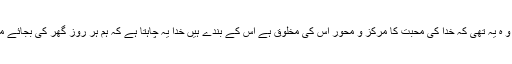
حج کے فلسفہ میں کی تیسری اور سب سے اہم بات جو مجھے سمجھ آئی و ہ یہ تھی کہ خدا کی محبت کا مرکز و محور اس کی مخلوق ہے اس کے بندے ہیں خدا یہ چاہتا ہے کہ ہم ہر روز گھر کی بجائے محلے کی مسجد میں نماز پڑھیں تاکہ محلے والوں کے درد سے آشنا ہوں ۔